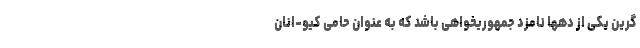
گرین یکی از دهها نامزد جمهوریخواهی باشد که به عنوان حامی کیو-‌انان